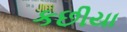
કછીયા